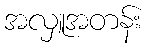
အလှူအတန်း